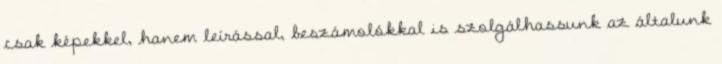
csak képekkel, hanem leírással, beszámolókkal is szolgálhassunk az általunk